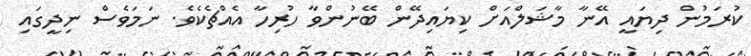
ކުރަމުން ދިޔައީ އޭނާ މާޝަލްއަށް ކިޔައިދޭން ބޭނުންވާ ހުރިހާ އެއްޗެކެވެ. ނަމަވެސް ނިދީގައި